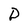
Character: D